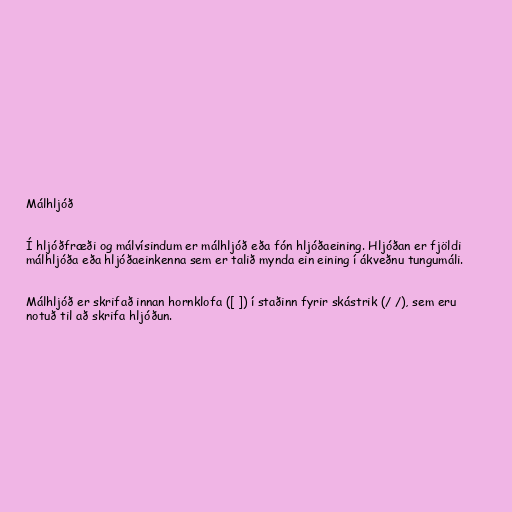
Málhljóð

Í hljóðfræði og málvísindum er málhljóð eða fón hljóðaeining. Hljóðan er fjöldi
málhljóða eða hljóðaeinkenna sem er talið mynda ein eining í ákveðnu tungumáli.

Málhljóð er skrifað innan hornklofa ([ ]) í staðinn fyrir skástrik (/ /), sem eru
notuð til að skrifa hljóðun.